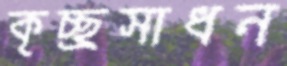
কৃচ্ছ্রসাধন